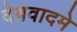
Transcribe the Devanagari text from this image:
देववादमे